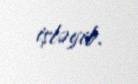
işləyib.